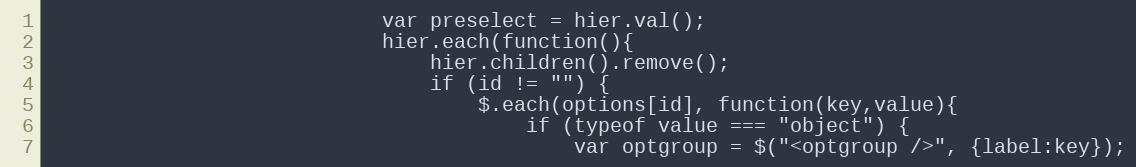
Language: PHP
                            var preselect = hier.val();
                            hier.each(function(){
                                hier.children().remove();
                                if (id != "") {
                                    $.each(options[id], function(key,value){
                                        if (typeof value === "object") {
                                            var optgroup = $("<optgroup />", {label:key});